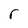
Character: r